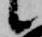
候